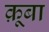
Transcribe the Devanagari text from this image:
क़ूबा